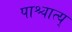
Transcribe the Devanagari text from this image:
पाश्चात्य्